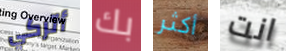
أتركي بك أكثر انت